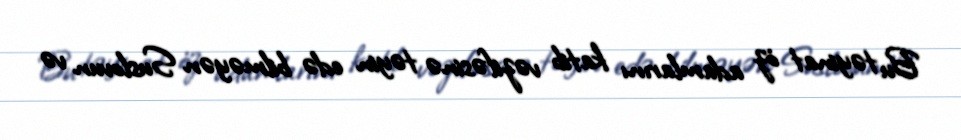
Bu təyinat öz adamlarını katib vəzifəsinə təyin edə bilməyən Suslovun və